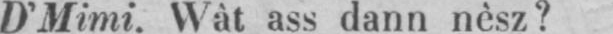
D’Mimi. Wât ass dann nêsz?